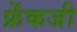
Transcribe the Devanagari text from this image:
फ्रेंकजी